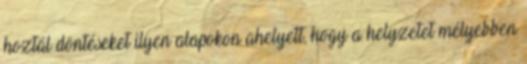
hoztál döntéseket ilyen alapokon ahelyett, hogy a helyzetet mélyebben